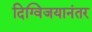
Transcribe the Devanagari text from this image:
दिग्विजयानंतर